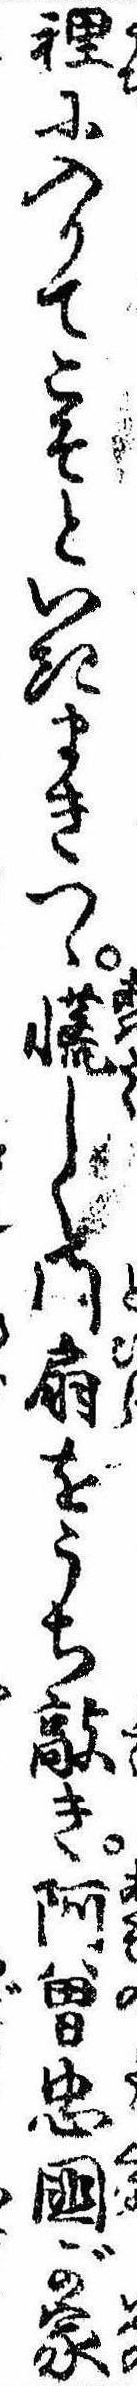
裏に入りてこそといきまきつゝ慌しく門扇をうち敲き阿曽忠国が家